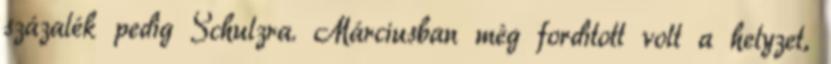
százalék pedig Schulzra. Márciusban még fordított volt a helyzet,